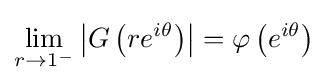
\lim _{r\to 1^{-}}\left|G\left(re^{i\theta }\right)\right|=\varphi \left(e^{i\theta }\right)